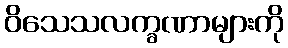
ဝိသေသလက္ခဏာများကို